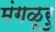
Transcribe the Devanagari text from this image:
मंगळूरु